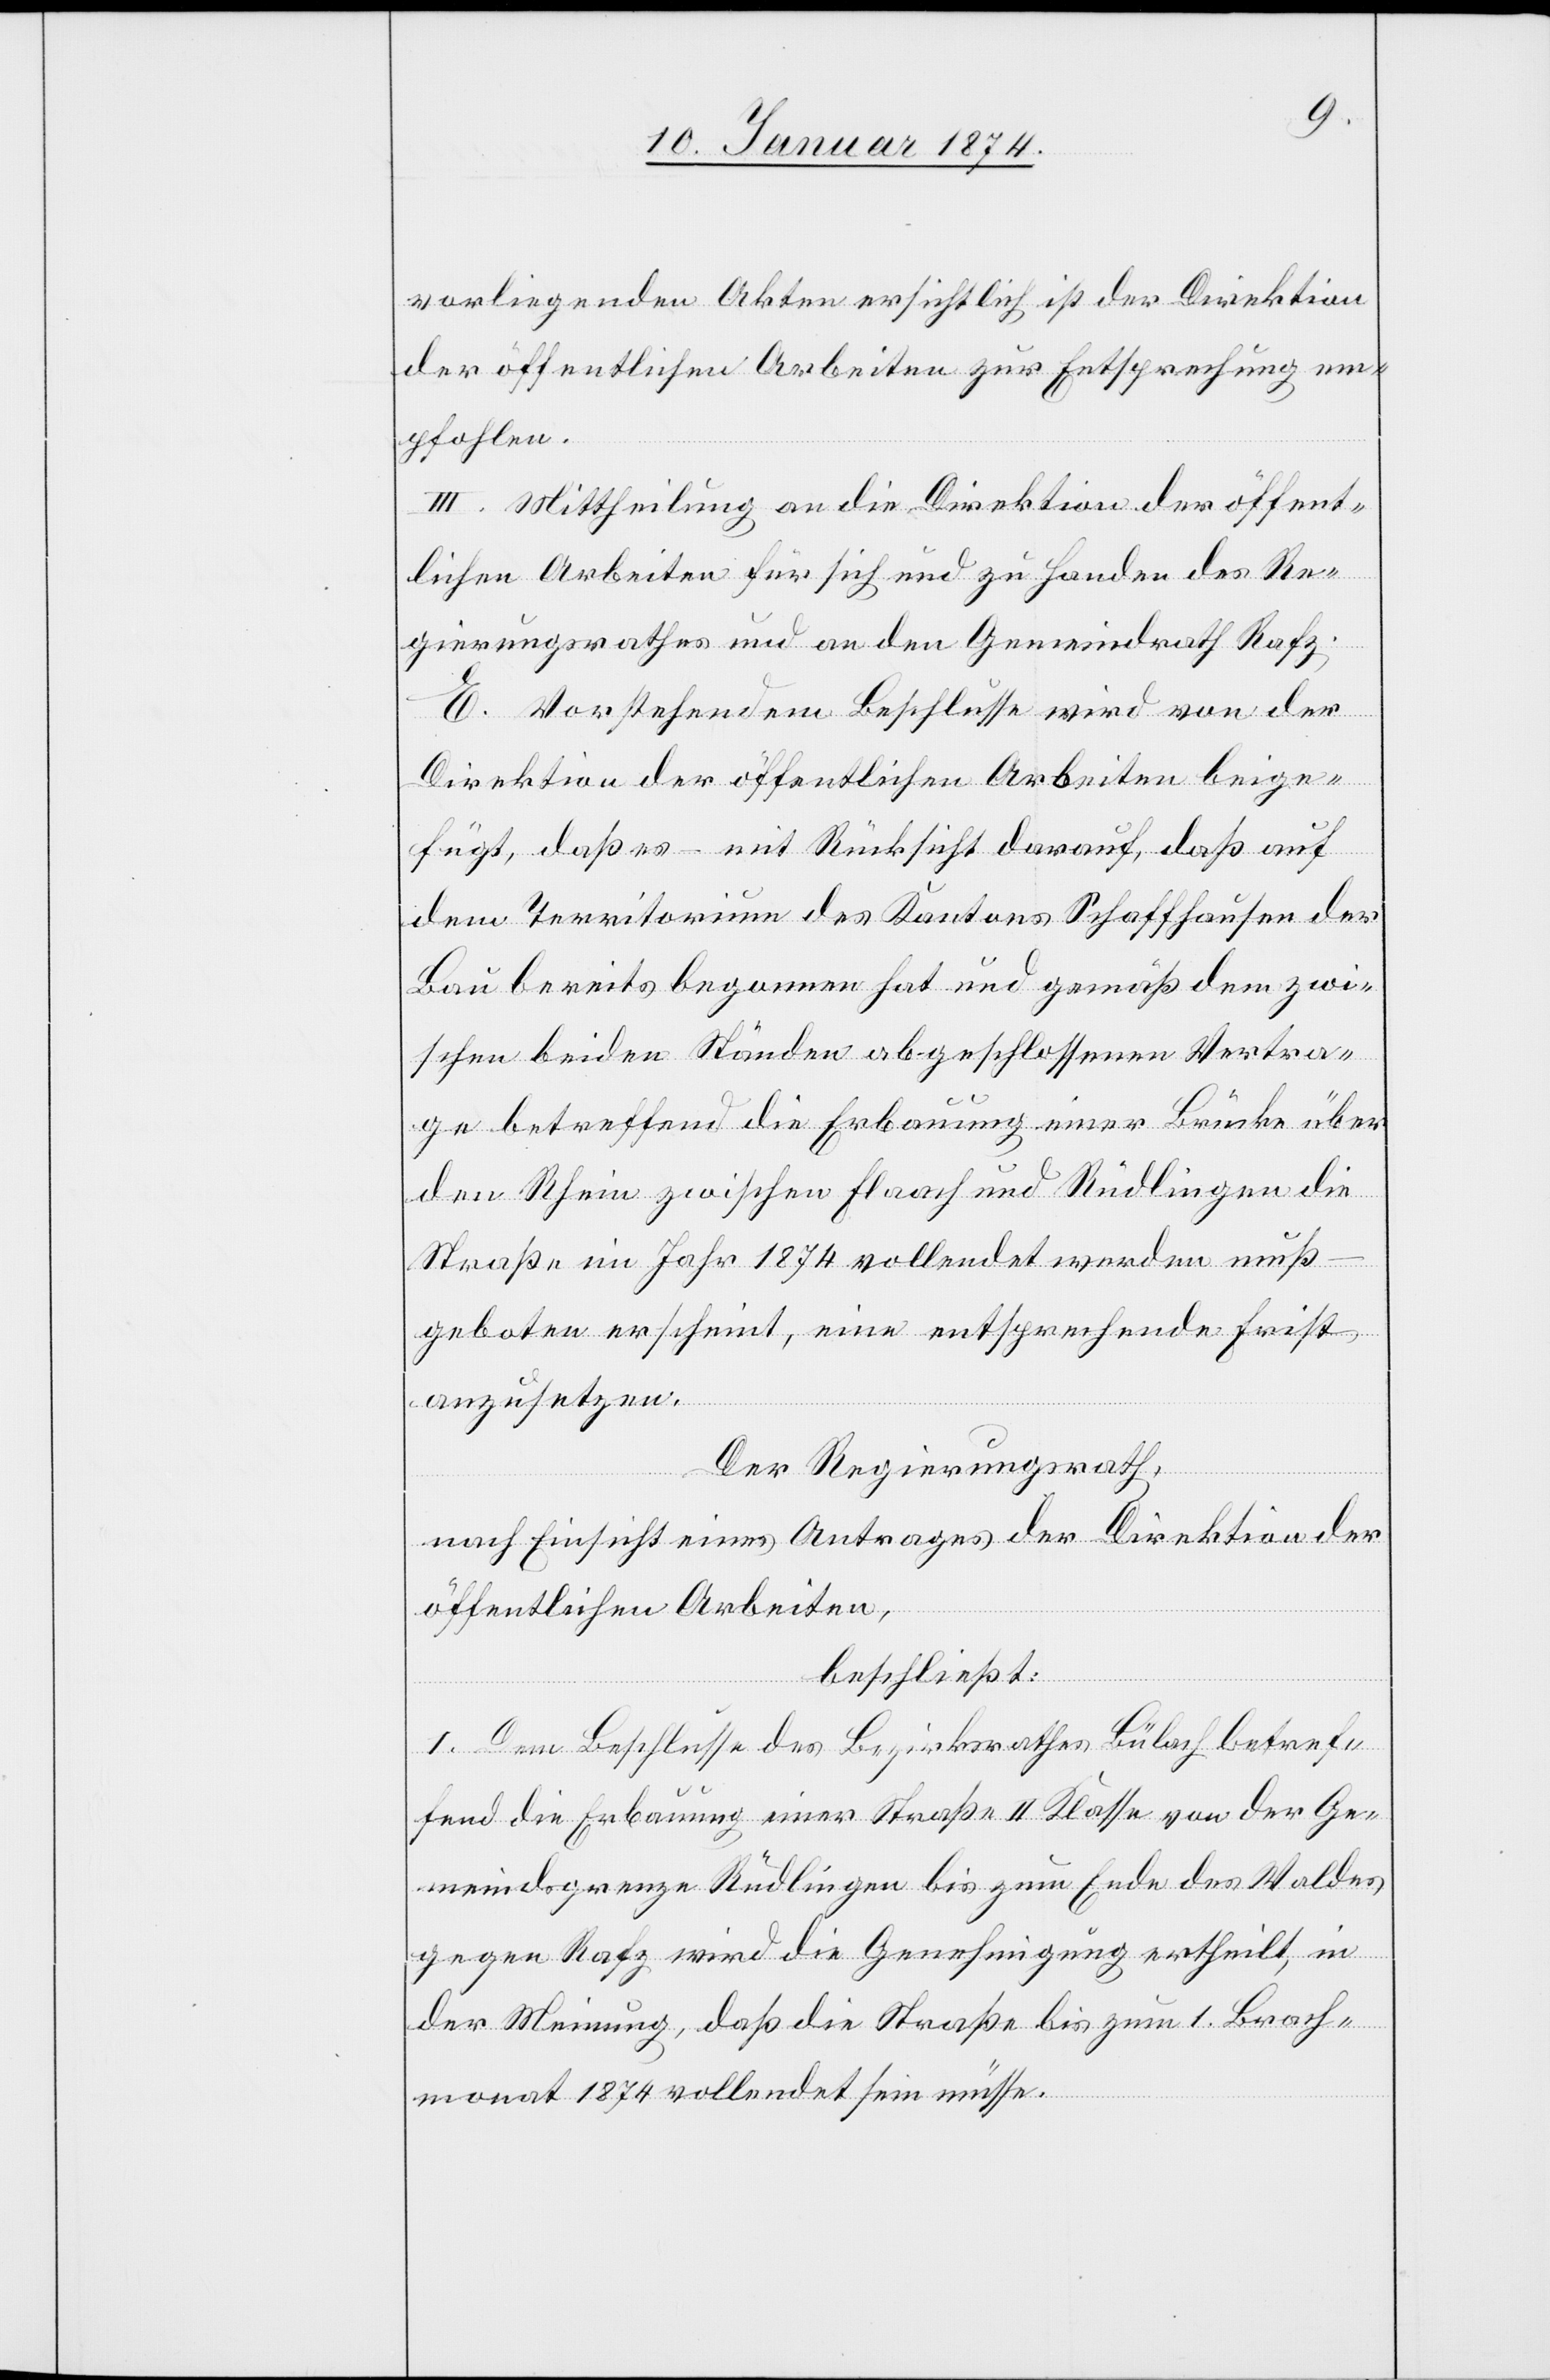
vorliegenden Akten ersichtlich ist der Direktion
der öffentlichen Arbeiten zur Entsprechung em¬
pfohlen.
III. Mittheilung an die Direktion der öffent¬
lichen Arbeiten für sich und zu Handen des Re¬
gierungsrathes und an den Gemeindrath Rafz.
E. Vorstehendem Beschlusse wird von der
Direktion der öffentlichen Arbeiten beige¬
fügt, daß es – mit Rücksicht darauf, daß auf
dem Territorium des Kantons Schaffhausen der
Bau bereits begonnen hat und gemäß dem zwi¬
schen beiden Ständen abgeschlossenen Vertra¬
ge betreffend die Erbauung einer Brücke über
den Rhein zwischen Flaach und Rüdlingen die
Straße im Jahr 1874 vollendet werden muß
geboten erscheint, eine entsprechende Frist
anzusetzen.
Der Regierungsrath,
nach Einsicht eines Antrages der Direktion der
öffentlichen Arbeiten,
beschließt:
1. Dem Beschlusse des Bezirksrathes Bülach betref¬
fend die Erbauung einer Straße II. Klasse von der Ge¬
meindsgrenze Rüdlingen bis zum Ende des Waldes
gegen Rafz wird die Genehmigung ertheilt, in
der Meinung, daß die Straße bis zum 1. Brach¬
monat 1874 vollendet sein müsse.